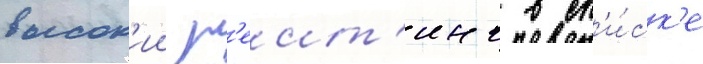
высок'ии р'еит'инг в сп'и́ск'е